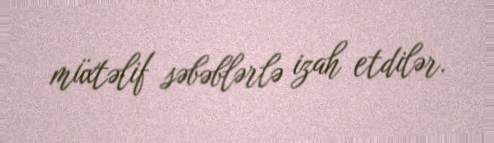
müxtəlif səbəblərlə izah etdilər.